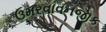
ઉમરવાવનજીક